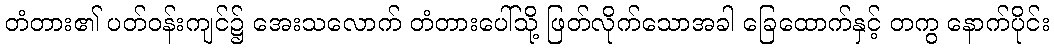
တံတား၏ ပတ်ဝန်းကျင်၌ အေးသလောက် တံတားပေါ်သို့ ဖြတ်လိုက်သောအခါ ခြေထောက်နှင့် တကွ နောက်ပိုင်း